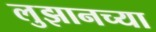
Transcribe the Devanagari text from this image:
लुझानच्या